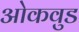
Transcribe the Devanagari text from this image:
ओकवुड